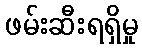
ဖမ်းဆီးရရှိမှု